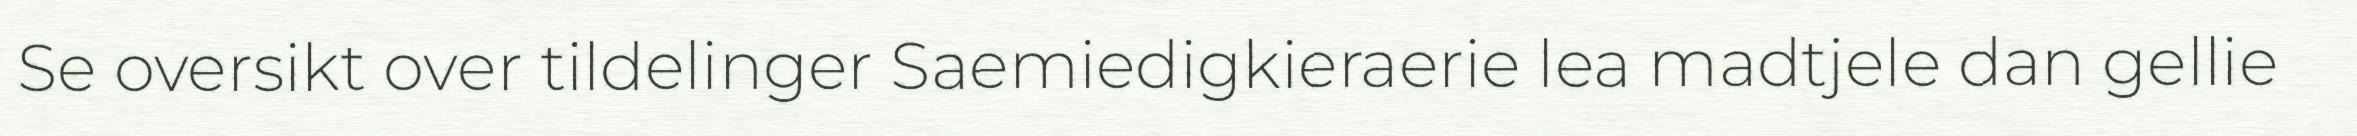
Se oversikt over tildelinger Saemiedigkieraerie lea madtjele dan gellie